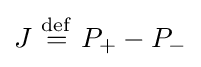
J\ {\stackrel {\mathrm {def} }{=}}\ P_{+}-P_{-}